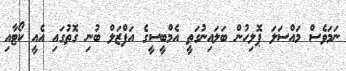
ނަމަވެސް މައްސަލަ ޕޮލިހުން ބަލައިނުގަތީ އެމްބީސީގެ އަފްޒަލް ބުނި ގޮތުގައި އެއީ ކޯޓާއި